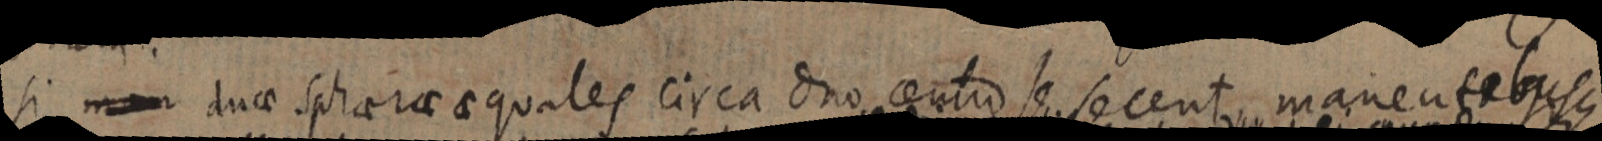
Si duae sphaerae equales circa duo centrum se secent manentebus